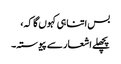
بس اتنا ہی کہوں گا کہ،
پچھلے اشعار سے پیوستہ۔